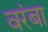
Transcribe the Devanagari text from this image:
वरंबा